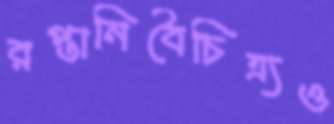
রপ্তানিবৈচিত্র্যও